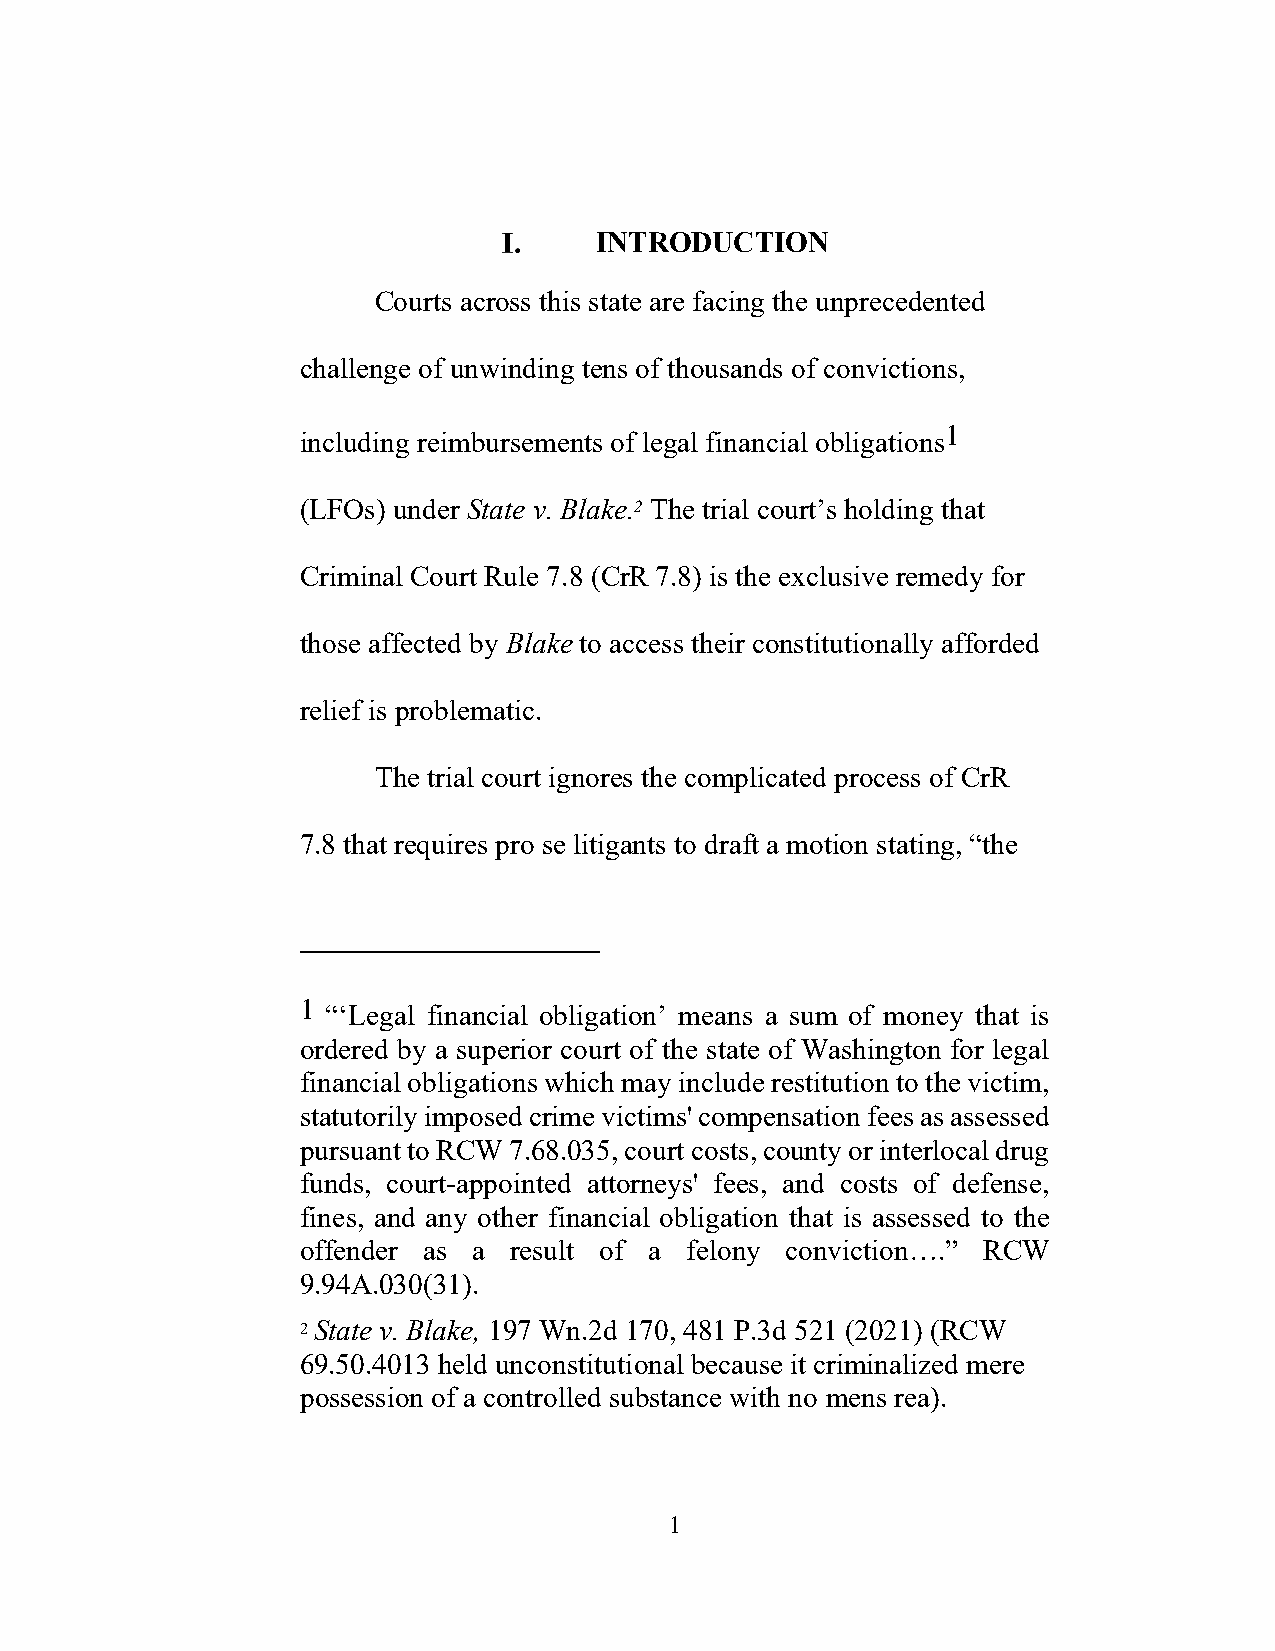
INTRODUCTION
 Courts across this state are facing the unprecedented
 challenge of unwinding tens of thousands of convictions,
 including reimbursements of legal financial obligations1
 (LFOs) under State v. Blake.2 The trial court’s holding that
 Criminal Court Rule 7.8 (CrR 7.8) is the exclusive remedy for
 those affected by Blake to access their constitutionally afforded
 relief is problematic.
 The trial court ignores the complicated process of CrR
 7.8 that requires pro se litigants to draft a motion stating, “the
 1 “‘Legal financial obligation’ means a sum of money that is
 ordered by a superior court of the state of Washington for legal
 financial obligations which may include restitution to the victim,
 statutorily imposed crime victims' compensation fees as assessed
 pursuant to RCW 7.68.035, court costs, county or interlocal drug
 funds, court-appointed attorneys' fees, and costs of defense,
 fines, and any other financial obligation that is assessed to the
 offender as a result of a felony conviction….” RCW
 9.94A.030(31).
 2 State v. Blake, 197 Wn.2d 170, 481 P.3d 521 (2021) (RCW
 69.50.4013 held unconstitutional because it criminalized mere
 possession of a controlled substance with no mens rea).
 1